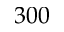
3 0 0